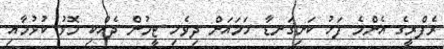
ރެފްރީގެ އެންމެ ފަހު ކަށިގަނޑާ ހަމައަށް ދިވެހި ޓީމުން ދެއްކި މޮޅު ކުޅުމާއި